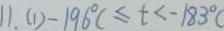
1 1 . ( 1 ) - 1 9 6 ^ { \circ } C \leq t < - 1 8 3 ^ { \circ } c